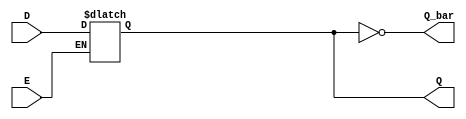
module LatchRegister (
    input wire D,         // Data input
    input wire E,         // Enable signal
    output reg Q,         // Current stored value
    output wire Q_bar     // Complement of Q
);

    // Assign the complement of Q
    assign Q_bar = ~Q;

    // Always block to model latch behavior
    always @(*) begin
        if (E) begin
            Q = D;  // Capture the input data when Enable is HIGH
        end
        // If E is LOW, Q retains its previous value (no assignment here)
    end

endmodule